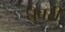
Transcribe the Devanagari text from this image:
घुबरी